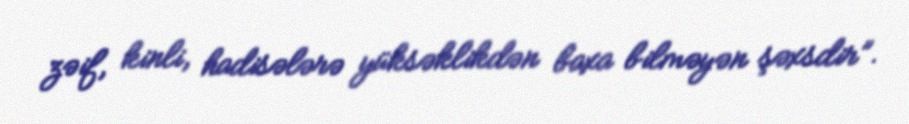
zəif, kinli, hadisələrə yüksəklikdən baxa bilməyən şəxsdir”.